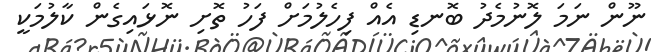
ނޫން ނަމަ ލޮނުމެދު ބޮނޑި އެއް ފިހެލުމަށް ފަހު ތޮށި ނޮޅައިގެން ކާލުމަކީ